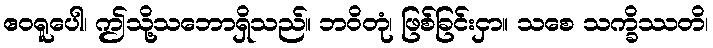
ဧဝရူပေါ၊ ဤသို့သဘောရှိသည်။ ဘဝိတုံ၊ ဖြစ်ခြင်းငှာ။ သစေ သက္ခိဿတိ၊